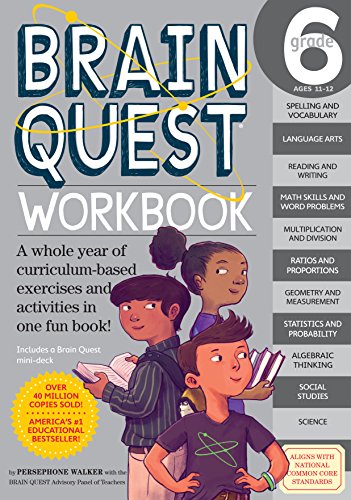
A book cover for Brain Quest Workbook: Grade 6; Persephone Walker; Test Preparation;